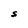
Character: S